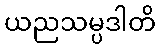
ယညသမ္ပဒါတိ